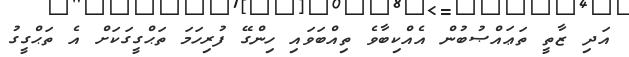
އަދި ޒާތީ ތަޢައްޞުބުން އެއްކިބާވެ ތިއްބަވައި ހިންގޭ ފުރިހަމަ ތަޙްގީގަކަށް އެ ތަޙްގީގު